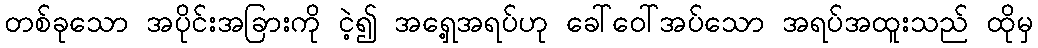
တစ်ခုသော အပိုင်းအခြားကို ငဲ့၍ အရှေ့အရပ်ဟု ခေါ်ဝေါ်အပ်သော အရပ်အထူးသည် ထိုမှ